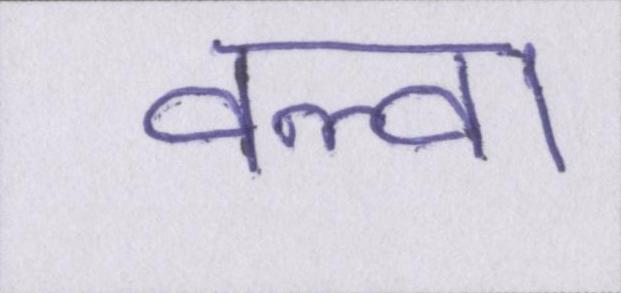
वल्वा